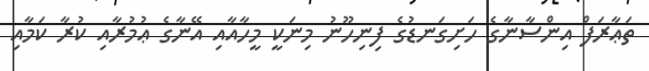
ތަޢާރަފް އިންސާނާގެ ހަށިގަނޑުގެ ފިނިހޫނު މިނަކީ މީހާއާއި އޭނާގެ ޢުމުރާއި ކުރާ ކަމާއި